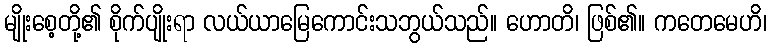
မျိုးစေ့တို့၏ စိုက်ပျိုးရာ လယ်ယာမြေကောင်းသဘွယ်သည်။ ဟောတိ၊ ဖြစ်၏။ ကတေမေဟိ၊